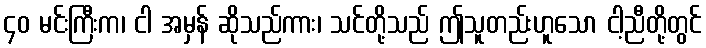
၄၀ မင်းကြီးက၊ ငါ အမှန် ဆိုသည်ကား၊ သင်တို့သည် ဤသူတည်းဟူသော ငါ့ညီတို့တွင်